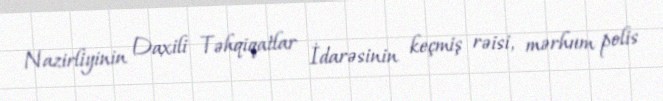
Nazirliyinin Daxili Təhqiqatlar İdarəsinin keçmiş rəisi, mərhum polis